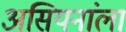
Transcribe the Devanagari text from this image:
असियनांला